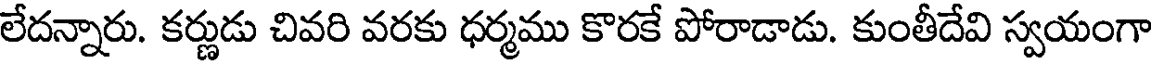
లేదన్నారు. కర్ణుడు చివరి వరకు ధర్మము కొరకే పోరాడాడు. కుంతీదేవి స్వయంగా